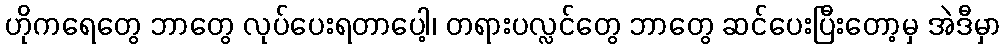
ဟိုကရေတွေ ဘာတွေ လုပ်ပေးရတာပေါ့၊ တရားပလ္လင်တွေ ဘာတွေ ဆင်ပေးပြီးတော့မှ အဲဒီမှာ